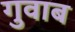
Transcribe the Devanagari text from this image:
गुवाब